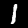
Label: 1